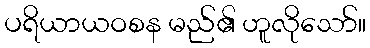
ပရိယာယဝစန မည်၏ ဟူလိုသော်။